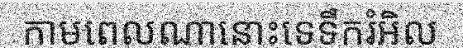
កាមពេលណានោះទេទឹករំអិល